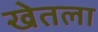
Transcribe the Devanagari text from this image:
खेतला